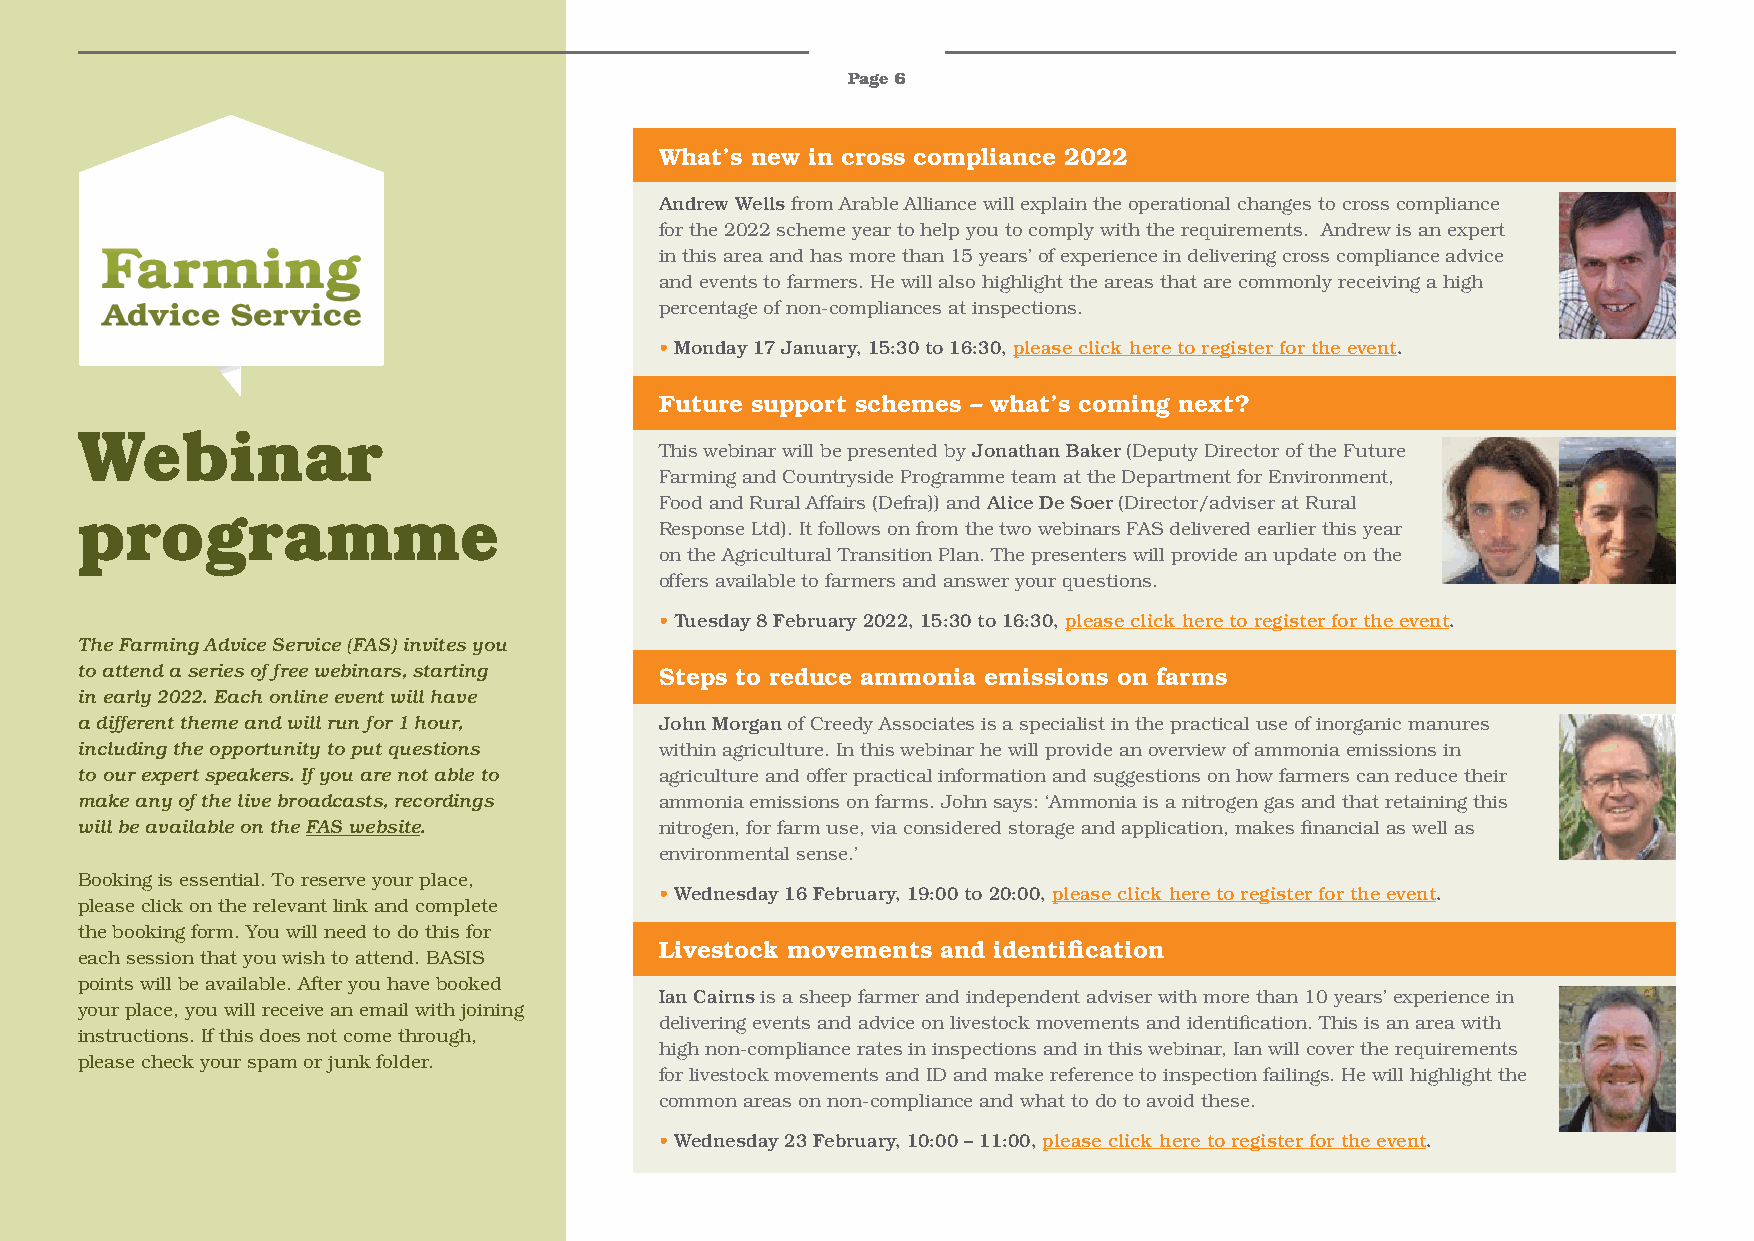
Page 6
 What’s new in cross compliance 2022
 Andrew Wells from Arable Alliance will explain the operational changes to cross compliance
 for the 2022 scheme year to help you to comply with the requirements. Andrew is an expert
 in this area and has more than 15 years’ of experience in delivering cross compliance advice
 and events to farmers. He will also highlight the areas that are commonly receiving a high
 percentage of non-compliances at inspections.
 • Monday 17 January, 15:30 to 16:30, please click here to register for the event.
 Future support schemes – what’s coming next?
 Webinar
 This webinar will be presented by Jonathan Baker (Deputy Director of the Future
 Farming and Countryside Programme team at the Department for Environment,
 Food and Rural Affairs (Defra)) and Alice De Soer (Director/adviser at Rural
 programme
 Response Ltd). It follows on from the two webinars FAS delivered earlier this year
 on the Agricultural Transition Plan. The presenters will provide an update on the
 offers available to farmers and answer your questions.
 • Tuesday 8 February 2022, 15:30 to 16:30, please click here to register for the event.
 The Farming Advice Service (FAS) invites you
 to attend a series of free webinars, starting Steps to reduce ammonia emissions on farms
 in early 2022. Each online event will have
 a different theme and will run for 1 hour, John Morgan of Creedy Associates is a specialist in the practical use of inorganic manures
 including the opportunity to put questions within agriculture. In this webinar he will provide an overview of ammonia emissions in
 to our expert speakers. If you are not able to agriculture and offer practical information and suggestions on how farmers can reduce their
 make any of the live broadcasts, recordings ammonia emissions on farms. John says: ‘Ammonia is a nitrogen gas and that retaining this
 will be available on the FAS website.  nitrogen, for farm use, via considered storage and application, makes financial as well as
 environmental sense.’
 Booking is essential. To reserve your place,
 • Wednesday 16 February, 19:00 to 20:00, please click here to register for the event.
 please click on the relevant link and complete
 the booking form. You will need to do this for
 Livestock movements and identification
 each session that you wish to attend. BASIS
 points will be available. After you have booked
 Ian Cairns is a sheep farmer and independent adviser with more than 10 years’ experience in
 your place, you will receive an email with joining
 delivering events and advice on livestock movements and identification. This is an area with
 instructions. If this does not come through,
 high non-compliance rates in inspections and in this webinar, Ian will cover the requirements
 please check your spam or junk folder.
 for livestock movements and ID and make reference to inspection failings. He will highlight the
 common areas on non-compliance and what to do to avoid these.
 • Wednesday 23 February, 10:00 – 11:00, please click here to register for the event.